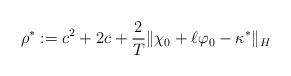
LaTeX: \begin{align*} \rho^* := c^2 + 2c + \frac{2}{T} \| \chi_0 + \ell \varphi_0 - \kappa^*\|_H\end{align*}